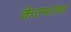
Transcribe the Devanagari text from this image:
केल्परचा